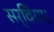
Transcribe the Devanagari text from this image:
सर्विया।